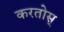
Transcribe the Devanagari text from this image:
करतोस्